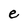
Character: e